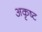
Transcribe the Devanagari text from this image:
अकृष्ट